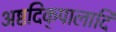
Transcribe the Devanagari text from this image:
अष्टदिक्‌पालादि